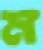
ম